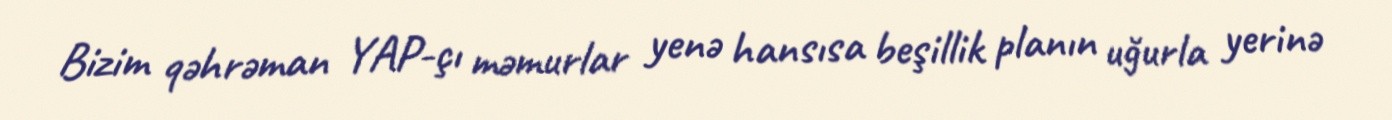
Bizim qəhrəman YAP-çı məmurlar yenə hansısa beşillik planın uğurla yerinə